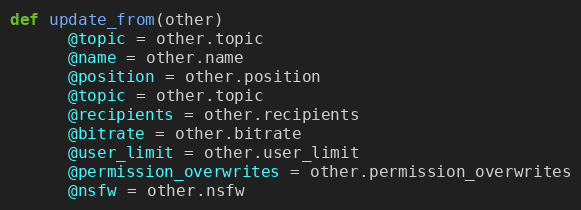
Language: Ruby
def update_from(other)
      @topic = other.topic
      @name = other.name
      @position = other.position
      @topic = other.topic
      @recipients = other.recipients
      @bitrate = other.bitrate
      @user_limit = other.user_limit
      @permission_overwrites = other.permission_overwrites
      @nsfw = other.nsfw